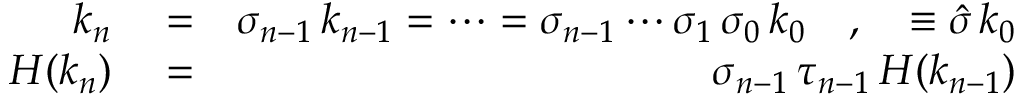
\begin{array} { r l r } { k _ { n } } & { { } = } & { \sigma _ { n - 1 } \, k _ { n - 1 } = \cdots = \sigma _ { n - 1 } \cdots \sigma _ { 1 } \, \sigma _ { 0 } \, k _ { 0 } \quad , \quad \equiv \hat { \sigma } \, k _ { 0 } } \\ { H ( k _ { n } ) } & { { } = } & { \sigma _ { n - 1 } \, \tau _ { n - 1 } \, H ( k _ { n - 1 } ) } \end{array}